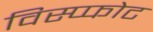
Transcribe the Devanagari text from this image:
विस्प्फोट